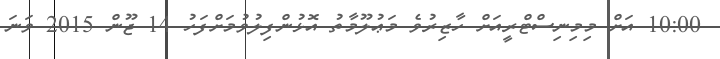
10:00 އަށް މިމިނިސްޓްރީއަށް ހާޒިރުވެ މަޢުލޫމާތު އޮޅުންފިލުވުމަށްފަހު 14 ޖޫން 2015 ވަނަ